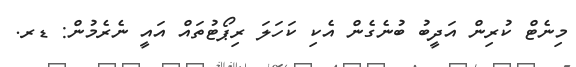
މިނެޓް ކުރިން އަދީބު ބުނެގެން އެކި ކަހަލަ ރިޕޯޓުތައް އައީ ނެރެމުން: ޑރ.